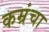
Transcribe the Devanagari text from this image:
कम्रंचा